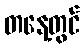
တနေ့တွင်